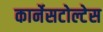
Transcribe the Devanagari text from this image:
कार्नेसटोल्टेस